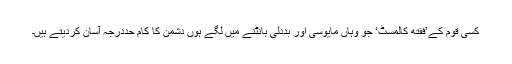
کسی قوم کے’ففتھ کالمسٹ‘ جو وہاں مایوسی اور بددلی بانٹنے میں لگے ہوں دشمن کا کام حددرجہ آسان کردیتے ہیں۔